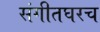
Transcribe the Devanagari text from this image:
संगीतघरच